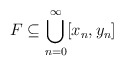
\begin{align*} F \subseteq \bigcup_{n=0}^\infty [x_n,y_n]\end{align*}